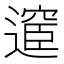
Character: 𮟇